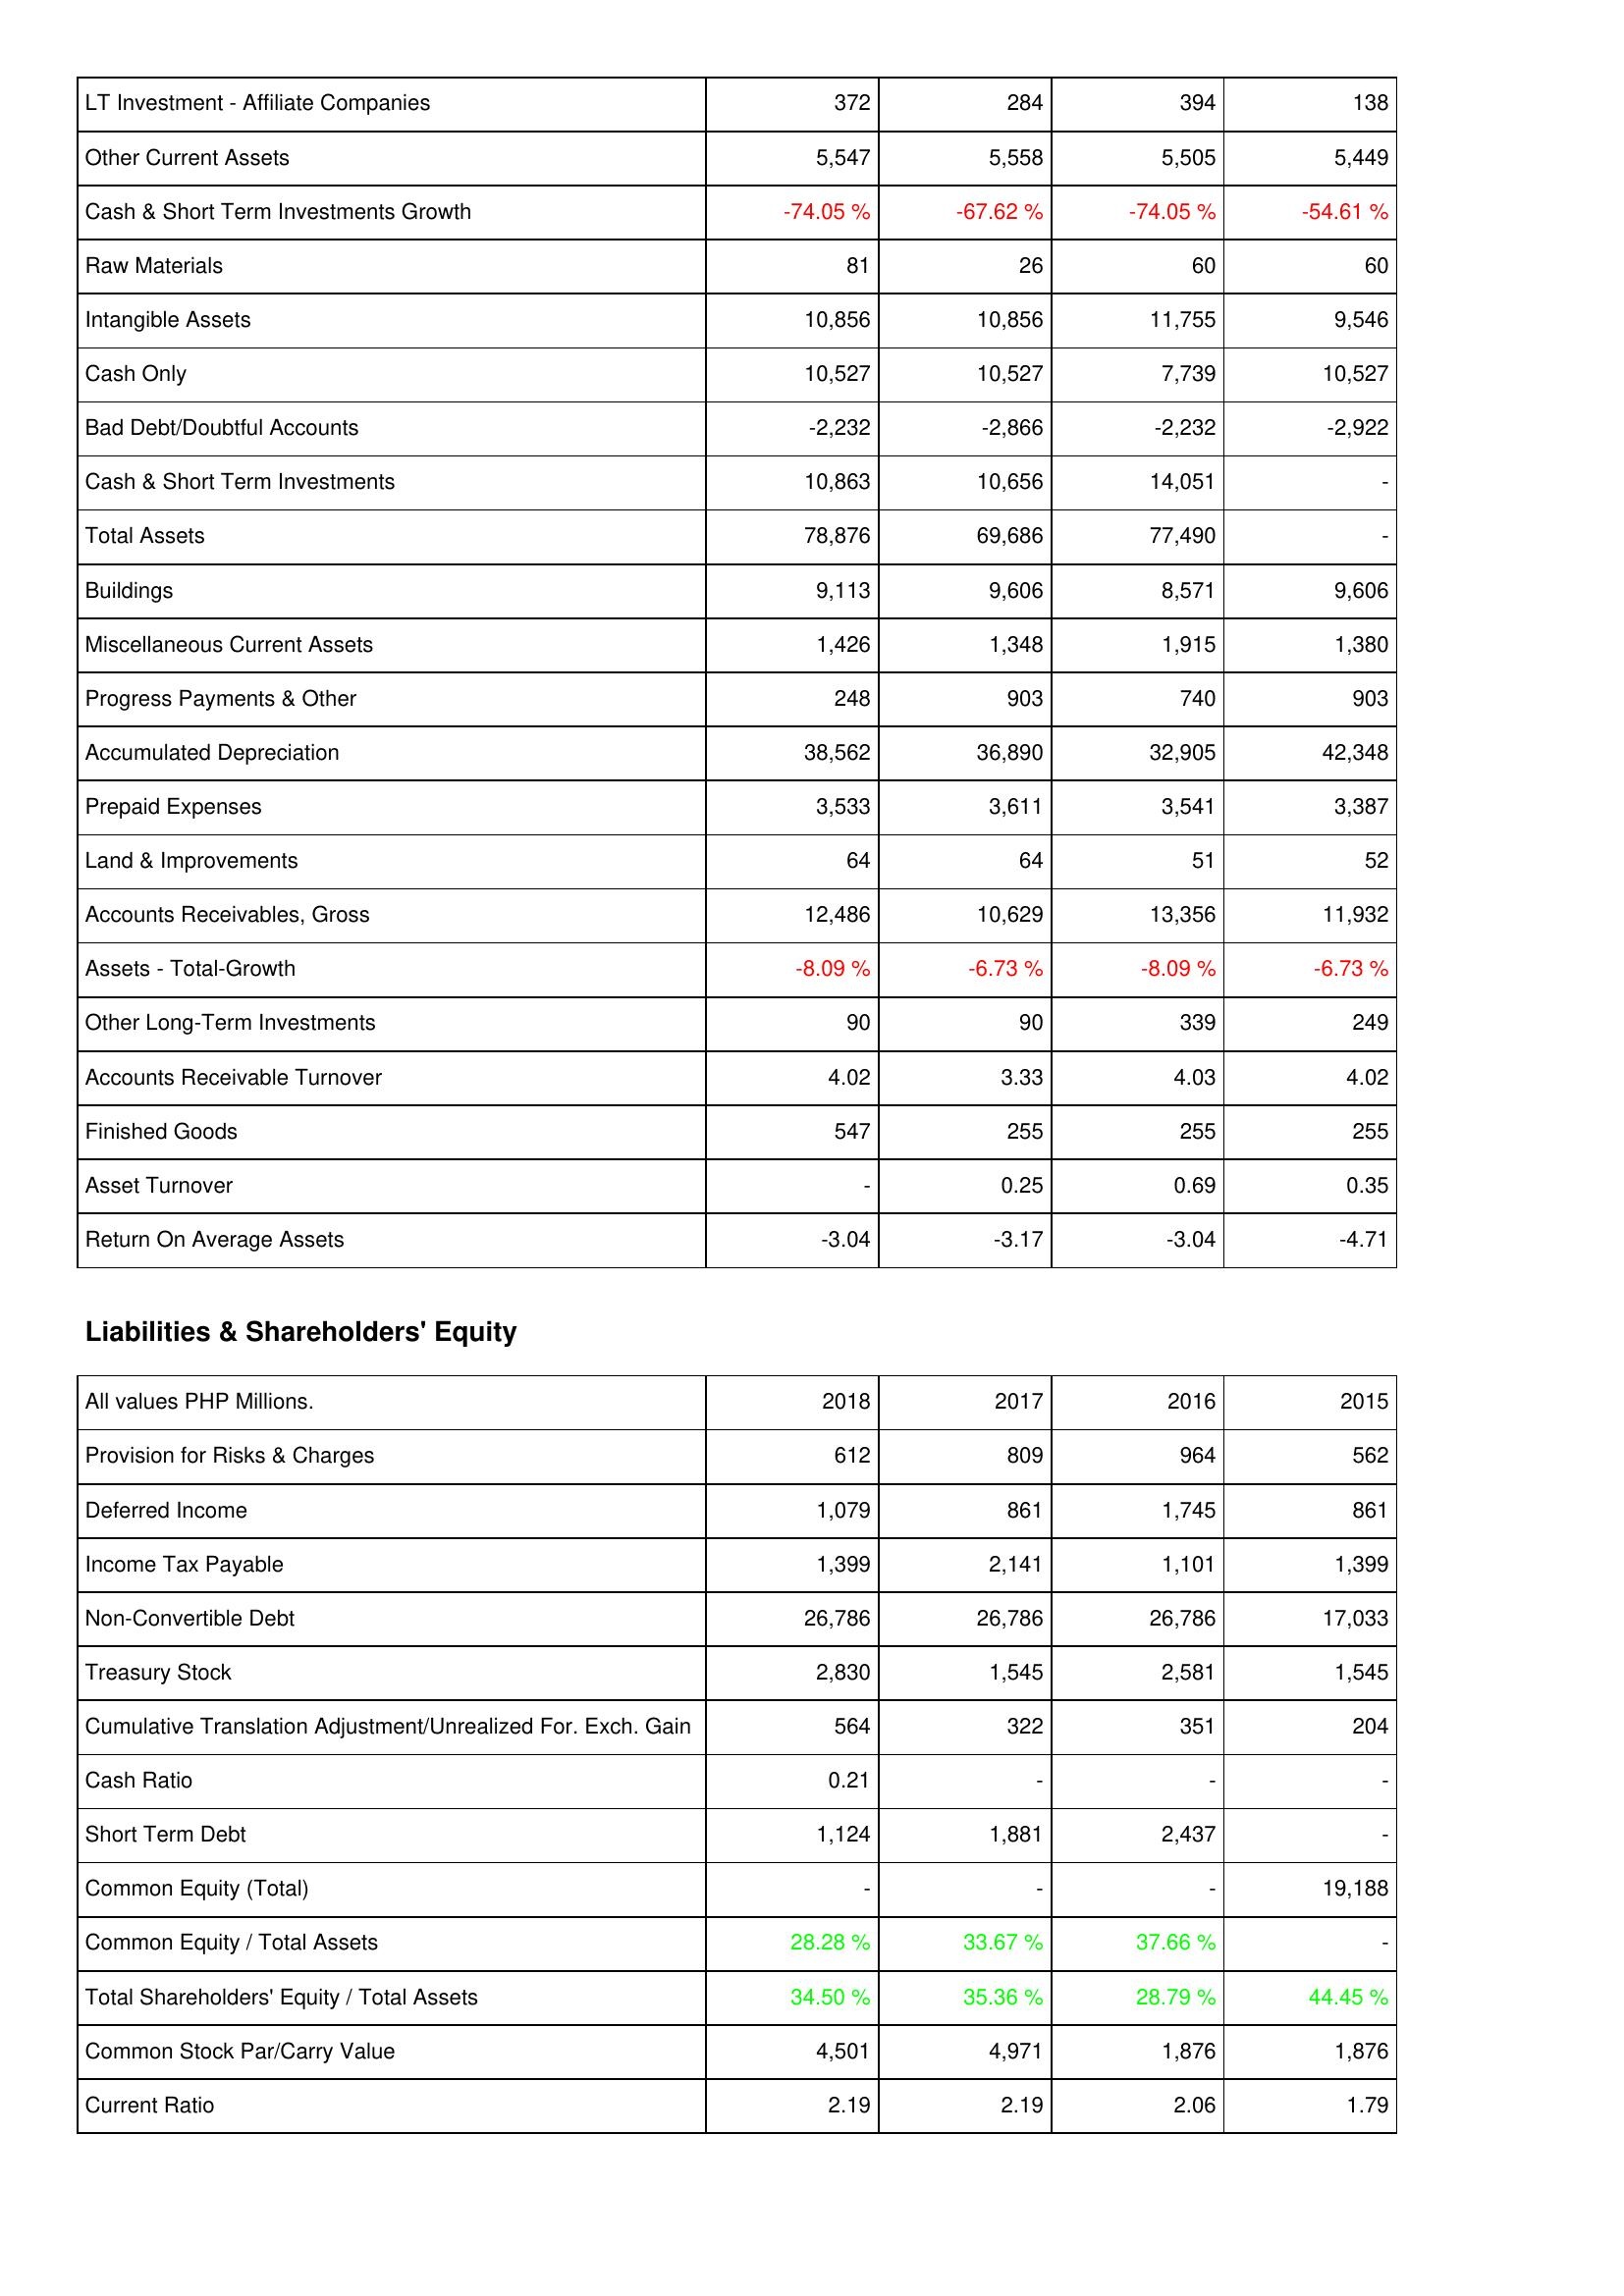
2018: Assets: LT Investment - Affiliate Companies: 372
Other Current Assets: 5,547
Cash & Short Term Investments Growth: -74.05 %
Raw Materials: 81
Intangible Assets: 10,856
Cash Only: 10,527
Bad Debt/Doubtful Accounts: -2,232
Cash & Short Term Investments: 10,863
Total Assets: 78,876
Buildings: 9,113
Miscellaneous Current Assets: 1,426
Progress Payments & Other: 248
Accumulated Depreciation: 38,562
Prepaid Expenses: 3,533
Land & Improvements: 64
Accounts Receivables, Gross: 12,486
Assets - Total-Growth: -8.09 %
Other Long-Term Investments: 90
Accounts Receivable Turnover: 4.02
Finished Goods: 547
Asset Turnover: -
Return On Average Assets: -3.04
Liabilities & Shareholders' Equity: Provision for Risks & Charges: 612
Deferred Income: 1,079
Income Tax Payable: 1,399
Non-Convertible Debt: 26,786
Treasury Stock: 2,830
Cumulative Translation Adjustment/Unrealized For. Exch. Gain: 564
Cash Ratio: 0.21
Short Term Debt: 1,124
Common Equity (Total): -
Common Equity / Total Assets: 28.28 %
Total Shareholders' Equity / Total Assets: 34.50 %
Common Stock Par/Carry Value: 4,501
Current Ratio: 2.19
2017: Assets: LT Investment - Affiliate Companies: 284
Other Current Assets: 5,558
Cash & Short Term Investments Growth: -67.62 %
Raw Materials: 26
Intangible Assets: 10,856
Cash Only: 10,527
Bad Debt/Doubtful Accounts: -2,866
Cash & Short Term Investments: 10,656
Total Assets: 69,686
Buildings: 9,606
Miscellaneous Current Assets: 1,348
Progress Payments & Other: 903
Accumulated Depreciation: 36,890
Prepaid Expenses: 3,611
Land & Improvements: 64
Accounts Receivables, Gross: 10,629
Assets - Total-Growth: -6.73 %
Other Long-Term Investments: 90
Accounts Receivable Turnover: 3.33
Finished Goods: 255
Asset Turnover: 0.25
Return On Average Assets: -3.17
Liabilities & Shareholders' Equity: Provision for Risks & Charges: 809
Deferred Income: 861
Income Tax Payable: 2,141
Non-Convertible Debt: 26,786
Treasury Stock: 1,545
Cumulative Translation Adjustment/Unrealized For. Exch. Gain: 322
Cash Ratio: -
Short Term Debt: 1,881
Common Equity (Total): -
Common Equity / Total Assets: 33.67 %
Total Shareholders' Equity / Total Assets: 35.36 %
Common Stock Par/Carry Value: 4,971
Current Ratio: 2.19
2016: Assets: LT Investment - Affiliate Companies: 394
Other Current Assets: 5,505
Cash & Short Term Investments Growth: -74.05 %
Raw Materials: 60
Intangible Assets: 11,755
Cash Only: 7,739
Bad Debt/Doubtful Accounts: -2,232
Cash & Short Term Investments: 14,051
Total Assets: 77,490
Buildings: 8,571
Miscellaneous Current Assets: 1,915
Progress Payments & Other: 740
Accumulated Depreciation: 32,905
Prepaid Expenses: 3,541
Land & Improvements: 51
Accounts Receivables, Gross: 13,356
Assets - Total-Growth: -8.09 %
Other Long-Term Investments: 339
Accounts Receivable Turnover: 4.03
Finished Goods: 255
Asset Turnover: 0.69
Return On Average Assets: -3.04
Liabilities & Shareholders' Equity: Provision for Risks & Charges: 964
Deferred Income: 1,745
Income Tax Payable: 1,101
Non-Convertible Debt: 26,786
Treasury Stock: 2,581
Cumulative Translation Adjustment/Unrealized For. Exch. Gain: 351
Cash Ratio: -
Short Term Debt: 2,437
Common Equity (Total): -
Common Equity / Total Assets: 37.66 %
Total Shareholders' Equity / Total Assets: 28.79 %
Common Stock Par/Carry Value: 1,876
Current Ratio: 2.06
2015: Assets: LT Investment - Affiliate Companies: 138
Other Current Assets: 5,449
Cash & Short Term Investments Growth: -54.61 %
Raw Materials: 60
Intangible Assets: 9,546
Cash Only: 10,527
Bad Debt/Doubtful Accounts: -2,922
Cash & Short Term Investments: -
Total Assets: -
Buildings: 9,606
Miscellaneous Current Assets: 1,380
Progress Payments & Other: 903
Accumulated Depreciation: 42,348
Prepaid Expenses: 3,387
Land & Improvements: 52
Accounts Receivables, Gross: 11,932
Assets - Total-Growth: -6.73 %
Other Long-Term Investments: 249
Accounts Receivable Turnover: 4.02
Finished Goods: 255
Asset Turnover: 0.35
Return On Average Assets: -4.71
Liabilities & Shareholders' Equity: Provision for Risks & Charges: 562
Deferred Income: 861
Income Tax Payable: 1,399
Non-Convertible Debt: 17,033
Treasury Stock: 1,545
Cumulative Translation Adjustment/Unrealized For. Exch. Gain: 204
Cash Ratio: -
Short Term Debt: -
Common Equity (Total): 19,188
Common Equity / Total Assets: -
Total Shareholders' Equity / Total Assets: 44.45 %
Common Stock Par/Carry Value: 1,876
Current Ratio: 1.79